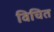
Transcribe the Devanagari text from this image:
विचित